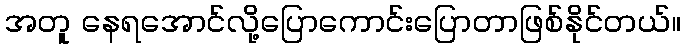
အတူ နေရအောင်လို့ပြောကောင်းပြောတာဖြစ်နိုင်တယ်။